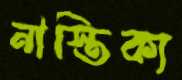
নাস্তিক্য